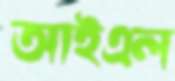
আইএল